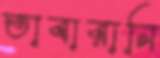
তাবারানি